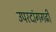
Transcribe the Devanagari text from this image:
उपरदांगगढी